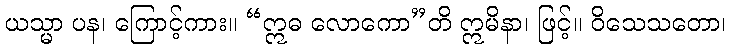
ယသ္မာ ပန၊ ကြောင့်ကား။ “ဣဓ လောကော”တိ ဣမိနာ၊ ဖြင့်။ ဝိသေသတော၊